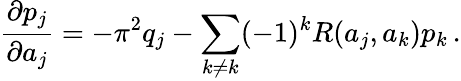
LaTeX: {\frac{\partial p_{j}}{\partial a_{j}}}=-\pi^{2}q_{j}-\sum_{k\neq k}(-1)^{k}R(a_{j},a_{k})p_{k}\, .